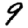
Digit: 9